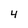
Character: 4